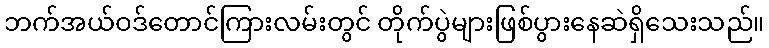
ဘက်အယ်ဝဒ်တောင်ကြားလမ်းတွင် တိုက်ပွဲများဖြစ်ပွားနေဆဲရှိသေးသည်။